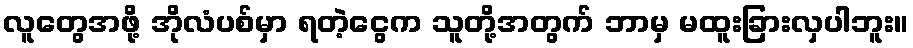
လူတွေအဖို့ အိုလံပစ်မှာ ရတဲ့ငွေက သူတို့အတွက် ဘာမှ မထူးခြားလှပါဘူး။